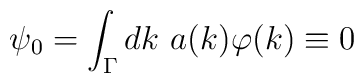
\psi_0=\int_\Gamma dk~a(k)\varphi(k)\equiv 0